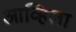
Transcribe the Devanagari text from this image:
आव्हिला